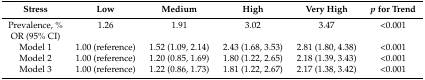
<table><thead><tr><td><b>Stress</b></td><td><b>Low</b></td><td><b>Medium</b></td><td><b>High</b></td><td><b>Very High</b></td><td><b><i>p</i> for Trend</b></td></tr></thead><tbody><tr><td>Prevalence, %</td><td>1.26</td><td>1.91</td><td>3.02</td><td>3.47</td><td>&lt;0.001</td></tr><tr><td>OR (95% CI)</td><td></td><td></td><td></td><td></td><td></td></tr><tr><td>Model 1</td><td>1.00 (reference)</td><td>1.52 (1.09, 2.14)</td><td>2.43 (1.68, 3.53)</td><td>2.81 (1.80, 4.38)</td><td>&lt;0.001</td></tr><tr><td>Model 2</td><td>1.00 (reference)</td><td>1.20 (0.85, 1.69)</td><td>1.80 (1.22, 2.65)</td><td>2.18 (1.39, 3.43)</td><td>&lt;0.001</td></tr><tr><td>Model 3</td><td>1.00 (reference)</td><td>1.22 (0.86, 1.73)</td><td>1.81 (1.22, 2.67)</td><td>2.17 (1.38, 3.42)</td><td>&lt;0.001</td></tr></tbody></table>